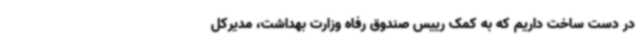
در دست ساخت داریم که به کمک رییس صندوق رفاه وزارت بهداشت، مدیرکل